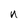
Character: n